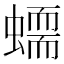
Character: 𧑮